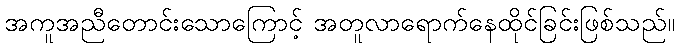
အကူအညီတောင်းသောကြောင့် အတူလာရောက်နေထိုင်ခြင်းဖြစ်သည်။